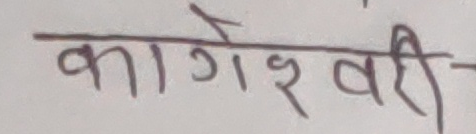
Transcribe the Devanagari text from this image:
कागेश्वरी